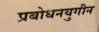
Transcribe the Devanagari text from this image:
प्रबोधनयुगीन